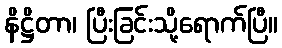
နိဋ္ဌိတာ၊ ပြီးခြင်းသို့ရောက်ပြီ။